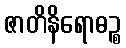
ဇာတိနိရောဓဉ္စ